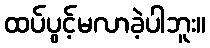
ထပ်ပွင့်မလာခဲ့ပါဘူး။